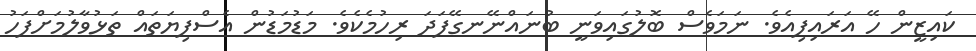
ކައިޒީން ހޭ އަރައިފިއެވެ. ނަމަވެސް ބޮލުގައިވަނީ ބުނައްނޭނގޭފަދަ ރިހުމެކެވެ. މަޑުމަޑުން އެސްފިޔަތައް ތަޅުވާލުމަށްފަހު